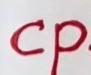
cp